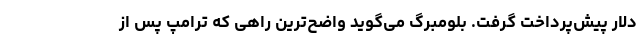
دلار پیش‌پرداخت گرفت. بلومبرگ می‌گوید واضح‌ترین راهی که ترامپ پس از